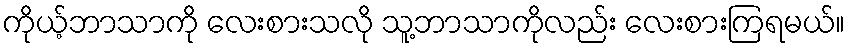
ကိုယ့်ဘာသာကို လေးစားသလို သူ့ဘာသာကိုလည်း လေးစားကြရမယ်။